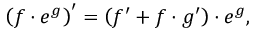
\left( f \cdot e ^ { g } \right) ^ { \prime } = \left( f ^ { \prime } + f \cdot g ^ { \prime } \right) \cdot e ^ { g } ,